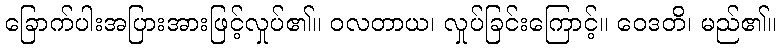
ခြောက်ပါးအပြားအားဖြင့်လှုပ်၏။ ဝလတာယ၊ လှုပ်ခြင်းကြောင့်။ ဝေဒတိ၊ မည်၏။